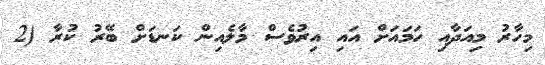
މިހާރު މިއަދާއި ހަމައަށް އައި އިރުވެސް މާލެއިން ކަނޑަށް ބޭރު ކުރާ (2